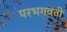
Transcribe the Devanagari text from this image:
परभगवती